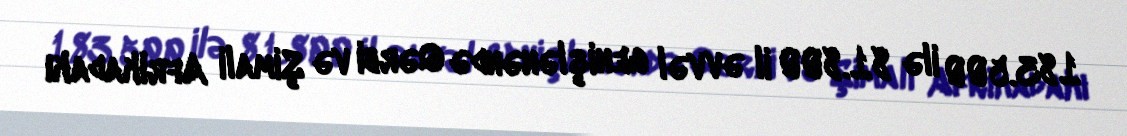
183.500 ilə 81.800 il əvvəl genişlənəndə Qərbi və Şimali Afrikadakı